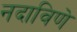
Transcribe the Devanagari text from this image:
नदाविणे